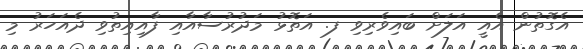
އެގޮތުން އެއީ އަލަށް ބައިވެރިވި ފ. އަތޮޅު މަދުރުސާއާއި ފާއިއިތުވި ދެއަހަރު މި